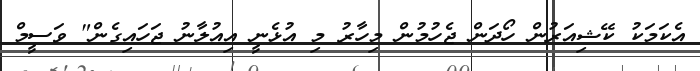
އެކަމަކު ކޭޝިއަރުން ހޯދަން ޖެހުމުން މިހާރު މި އުޅެނީ އިއުލާނު ޖަހައިގެން" ވަސީމް